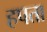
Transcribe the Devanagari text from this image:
हपता